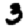
Digit: 3